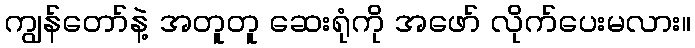
ကျွန်တော်နဲ့ အတူတူ ဆေးရုံကို အဖော် လိုက်ပေးမလား။